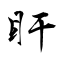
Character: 盰